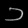
Digit: ၁